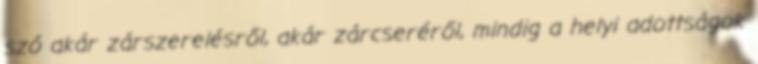
szó akár zárszerelésről, akár zárcseréről, mindig a helyi adottságok